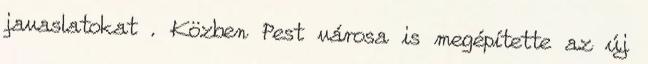
javaslatokat . Közben Pest városa is megépítette az új